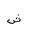
Letter: _shin